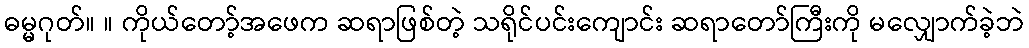
ဓမ္မဂုတ်။ ။ ကိုယ်တော့်အဖေက ဆရာဖြစ်တဲ့ သရိုင်ပင်းကျောင်း ဆရာတော်ကြီးကို မလျှောက်ခဲ့ဘဲ